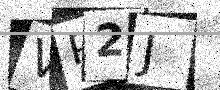
Text: VP2J